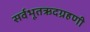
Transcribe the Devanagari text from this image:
सर्वभूतऋदग्रहणी